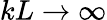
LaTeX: kL\to\infty